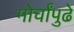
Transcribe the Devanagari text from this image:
मोर्चांपुढे